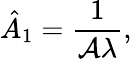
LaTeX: \hat{A}_{1}=\frac{1}{\mathcal{A}\lambda},